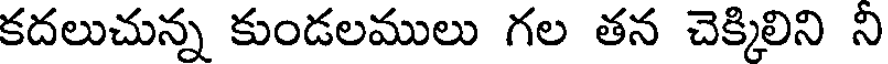
కదలుచున్న కుండలములు గల తన చెక్కిలిని ని